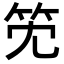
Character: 𥫹